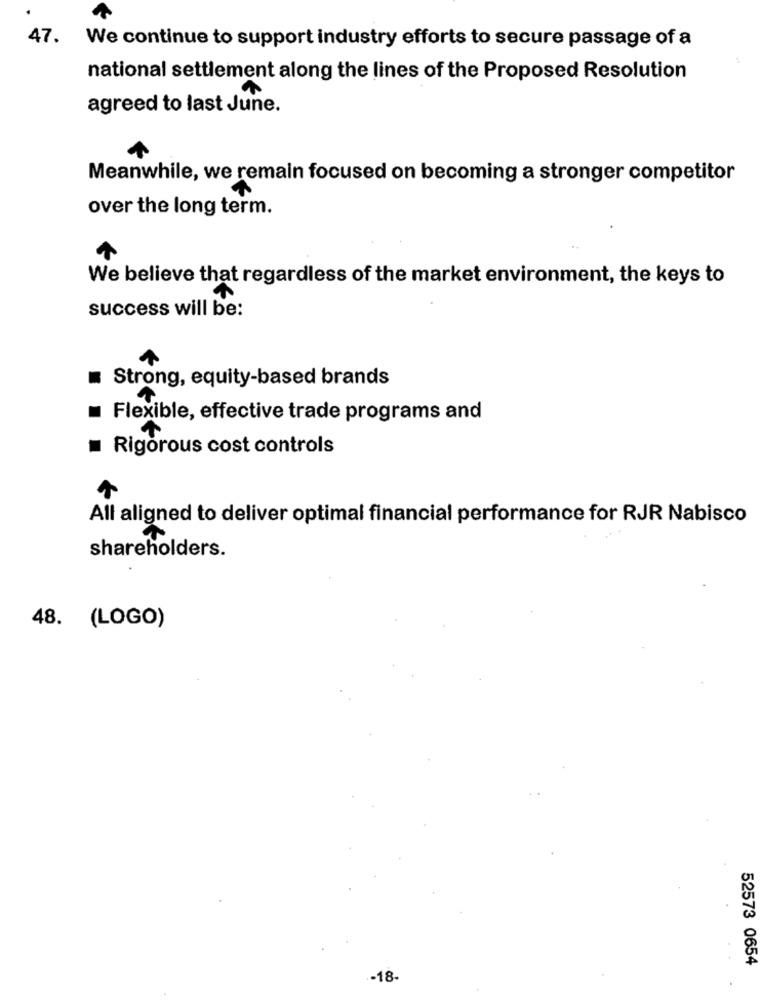
47.
We continue to support industry efforts to secure passage of a
national settlement along the lines of the Proposed Resolution
agreed to last June.
Meanwhile, we remain focused on becoming a stronger competitor
over the long term.
We believe that regardless of the market environment, the keys to
success will be:
Strong, equity-based brands
Flexible, effective trade programs and
Rigorous cost controls
All aligned to deliver optimal financial performance for RJR Nabisco
shareholders.
48.
( LOGO)
52573 0654
-18.